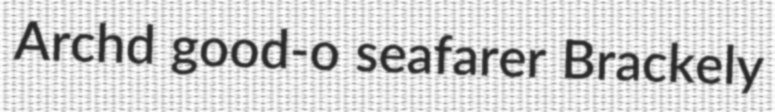
Archd good-o seafarer Brackely